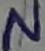
Text: N